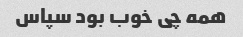
همه چی خوب بود سپاس